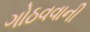
ગોઠવવાની